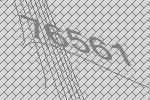
76561